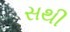
સથી